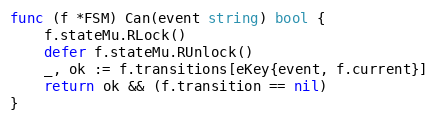
Language: Go
func (f *FSM) Can(event string) bool {
	f.stateMu.RLock()
	defer f.stateMu.RUnlock()
	_, ok := f.transitions[eKey{event, f.current}]
	return ok && (f.transition == nil)
}